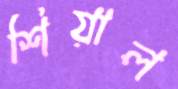
শিয়াল